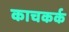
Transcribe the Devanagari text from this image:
काचकर्क